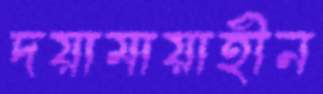
দয়ামায়াহীন